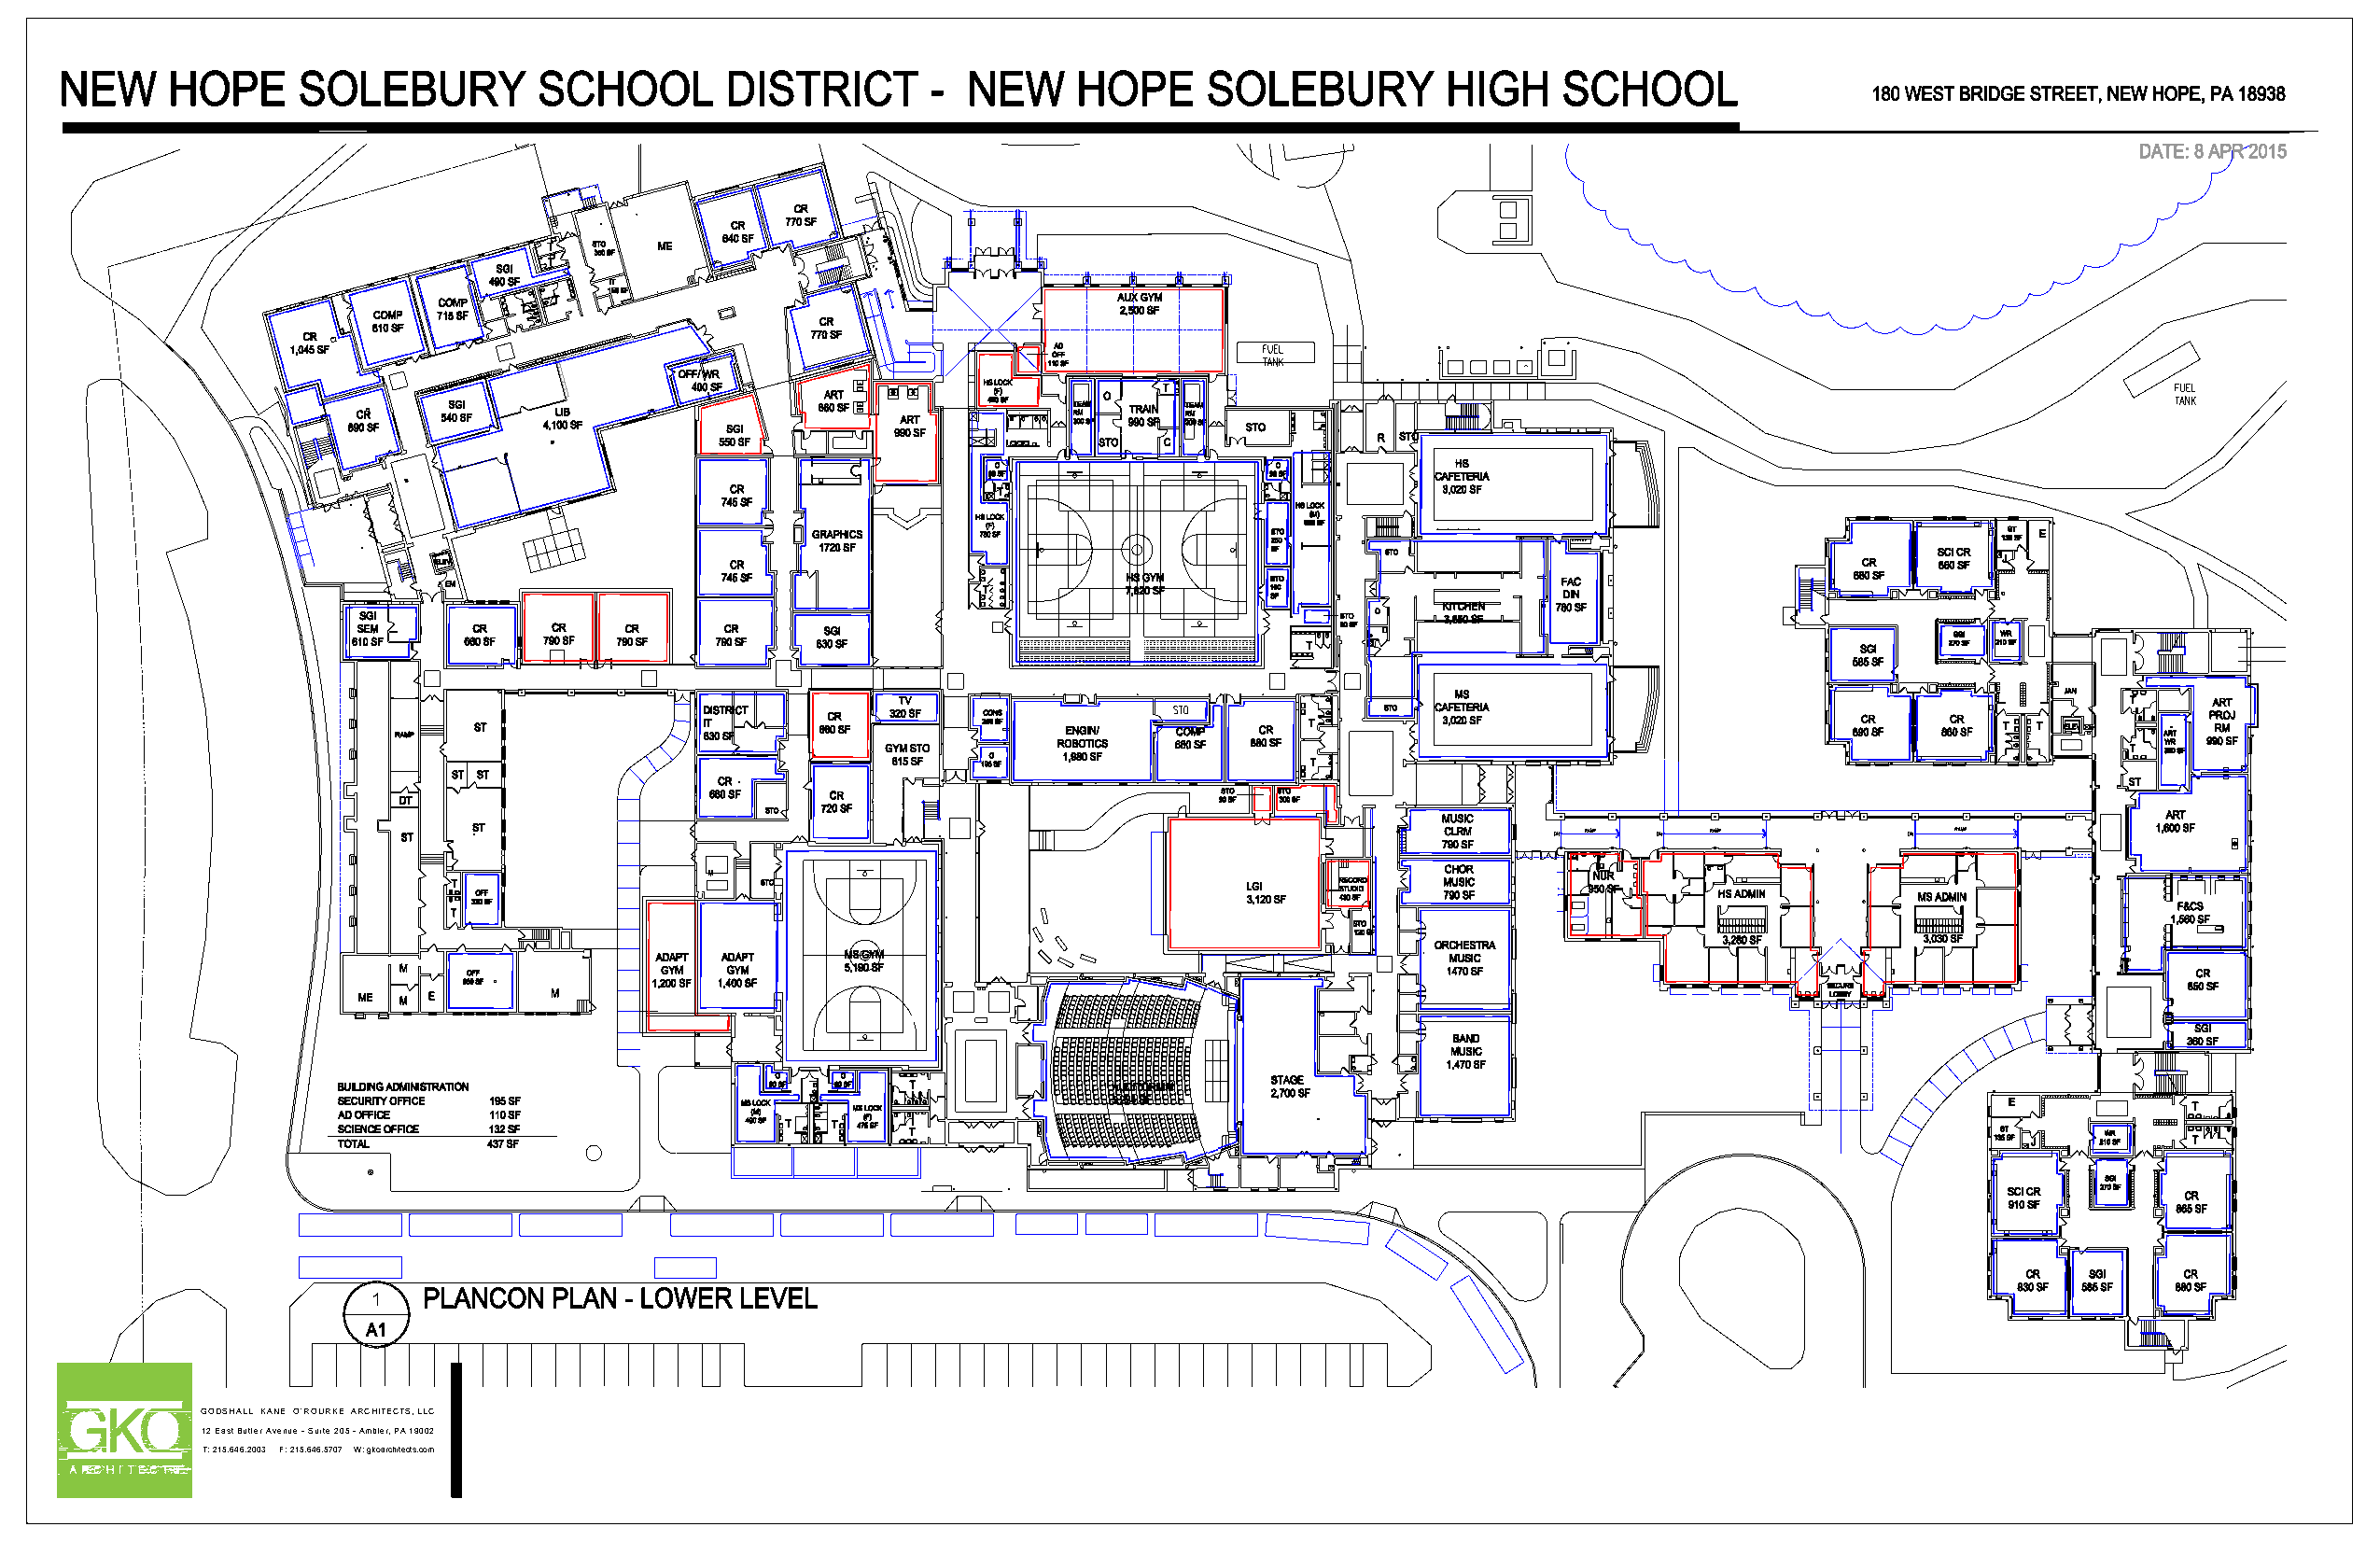
1
 GODSHALL KANE O'ROURKE ARCHITECTS, LLC
 12 East Butler Avenue - Suite 205 - Ambler, PA 19002
 T: 215.646.2003 F: 215.646.5707 W: gkoarchitects.com